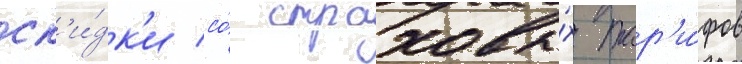
ск'и́дк'и со́ страховы́х тар'и́фов